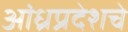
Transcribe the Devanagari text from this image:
आंध्रप्रदेशचे